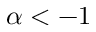
\alpha < - 1